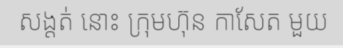
សង្តត់ នោះ ក្រុមហ៊ុន កាសែត មួយ